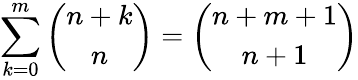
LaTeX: \sum_{k=0}^{m}\left({\begin{array}{c}{n+k}\\ {n}\end{array}}\right)=\left({\begin{array}{c}{n+m+1}\\ {n+1}\end{array}}\right)